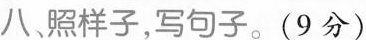
八，照样子，写句子。(9分)